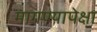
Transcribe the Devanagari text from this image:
मागण्यापेक्षा